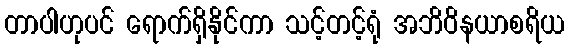
တာပါဟုပင် ရောက်ရှိနိုင်ကာ သင့်တင့်ရုံ အဘိဝိနယာစရိယ